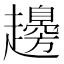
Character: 䟍